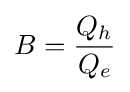
B={\frac {Q_{h}}{Q_{e}}}